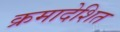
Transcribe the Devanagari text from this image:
क्रमादेशित